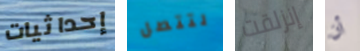
إحداثيات لتتصل إنزلقت أن